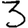
Digit: 3